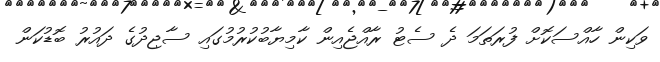
ވަކިން ހާއްސަކޮށް ފުރަތަމަ ދެ ސެޓު ރާއްޖެއިން ކާމިޔާބުކުރުމުގައި ސާޖިދުގެ ދައުރު ބޮޑުކަން